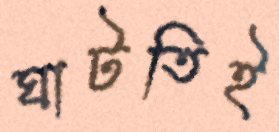
ঘাটতিই